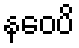
နဝေပိ